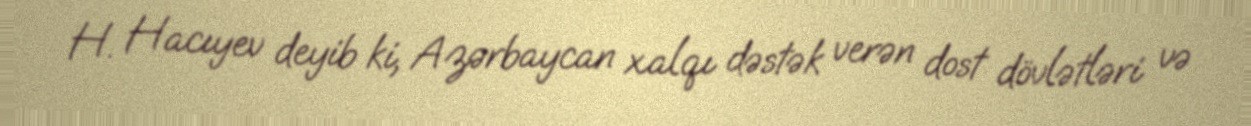
H. Hacıyev deyib ki, Azərbaycan xalqı dəstək verən dost dövlətləri və